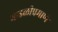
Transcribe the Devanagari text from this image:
भाडळीप्रमाणे